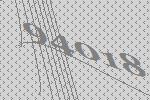
94018